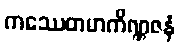
ကဿေတမာကိဏ္ဏဇနံ